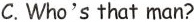
C.Who's that man?